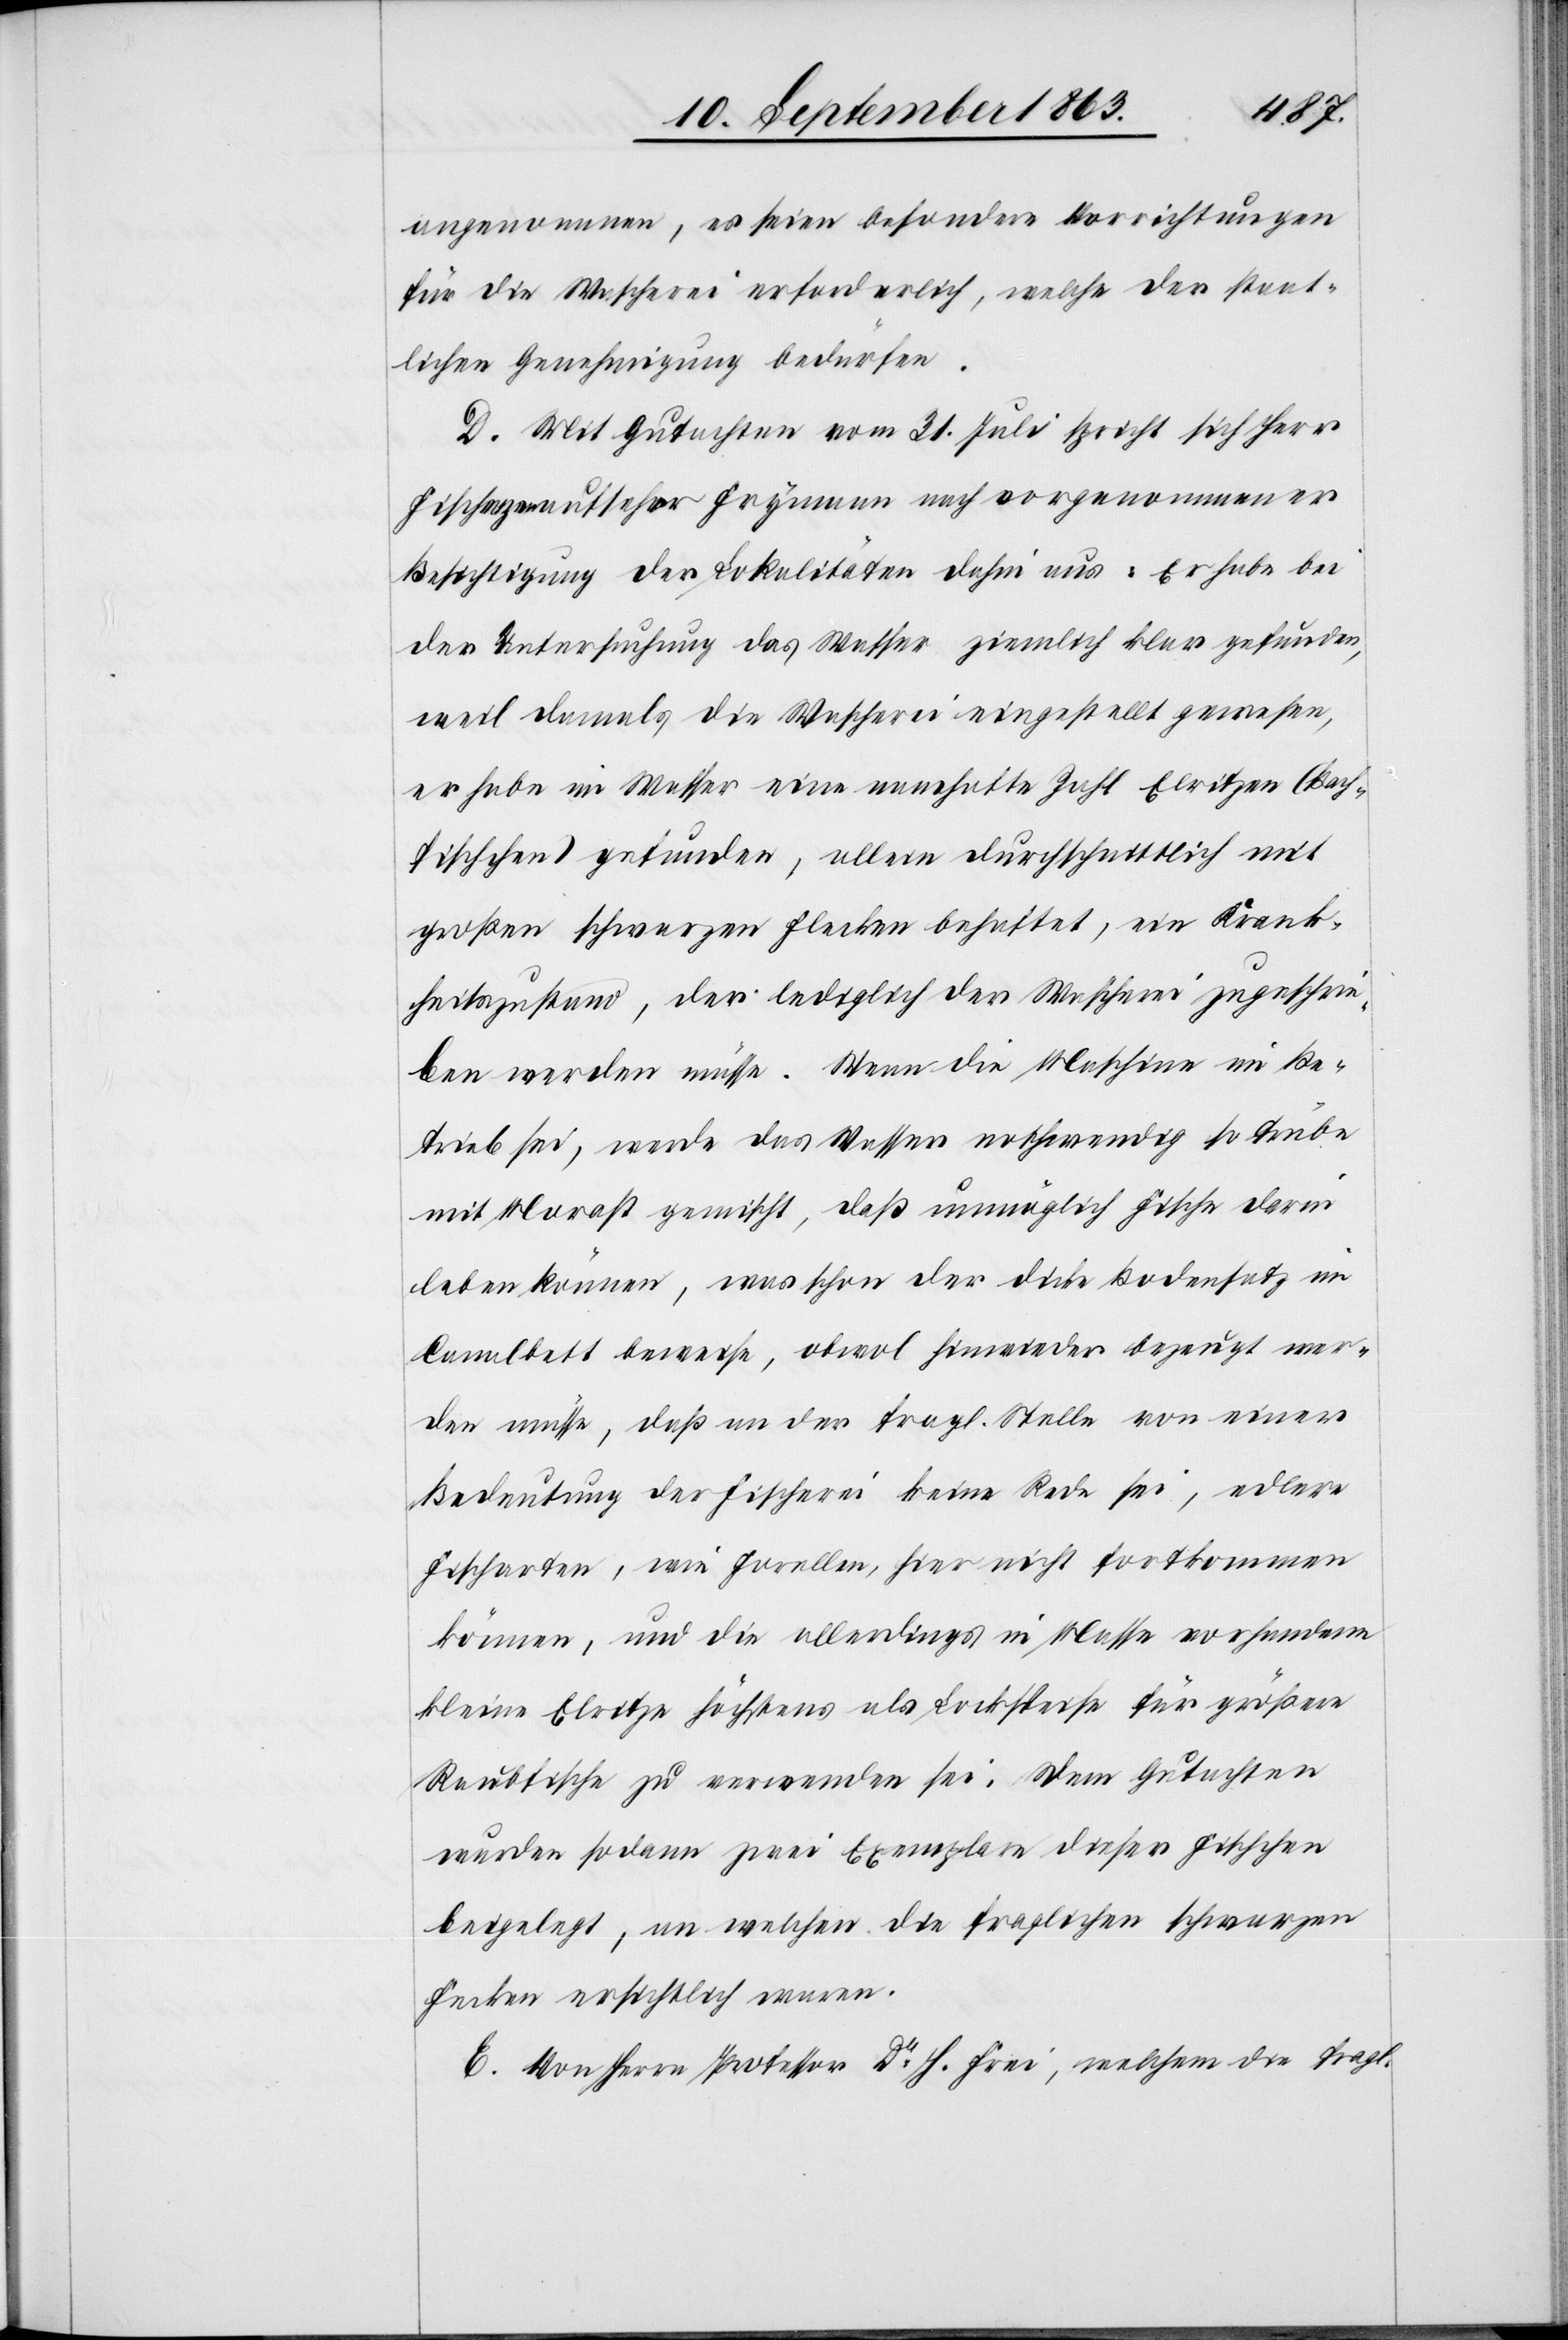
angenommen, es seien besondere Vorrichtungen
für die Wascherei erforderlich, welche der staat¬
lichen Genehmigung bedürfen.
D. Mit Gutachten vom 31. Juli spricht sich Herr
der Untersuchung das Wasser ziemlich klar gefunden,
weil damals die Wascherei eingestellt gewesen,
er habe im Wasser eine namhafte Zahl Elritzen (Bach¬
fischchen) gefunden, allein durchschnittlich mit
großen schwarzen Flecken behaftet, ein Krank¬
heitszustand, der lediglich der Wascherei zugeschrie¬
ben werden müsse. Wenn die Maschine im Be¬
trieb sei, werde das Wasser nothwendig so trübe
mit Morast gemischt, daß unmöglich Fische darin
leben können, was schon der dicke Bodensatz im
Canalbett beweise, obwol hinwieder bezeugt wer¬
den müsse, daß an der fragl. Stelle von einer
Bedeutung der Fischerei keine Rede sei, edlere
Fischarten, wie Forellen, hier nicht fortkommen
können, und die allerdings in Masse vorhandenen
kleinen Elritze höchstens als Lockspeise für größere
Raubfische zu verwenden sei. Dem Gutachten
wurden sodann zwei Exemplare dieser Fischchen
beigelegt, an welchen die fraglichen schwarzen
F[l]ecken ersichtlich waren.
E. Von Herrn Professor Dr H. Frei, welchem die fragl.